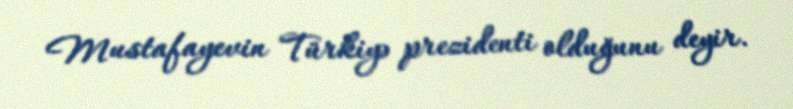
Mustafayevin Türkiyə prezidenti olduğunu deyir.